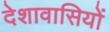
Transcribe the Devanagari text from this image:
देशावासियों